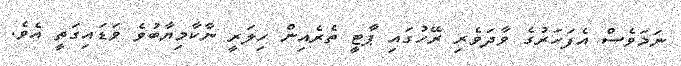
ނަމަވެސް އެފަހަރުގެ ވާދަވެރި ރޭހުގައި ޕާޓީ ތެރެއިން ހިލަރީ ނާކާމިޔާބުވެ ވަޑައިގަތީ އެވެ.